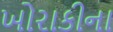
ખોરાકીના